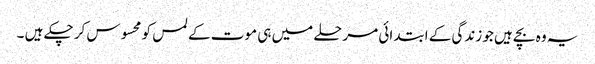
یہ وہ بچے ہیں جو زندگی کے ابتدائی مرحلے میں ہی موت کے لمس کو محسوس کر چکے ہیں ۔